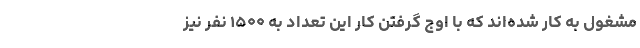
مشغول به کار شده‌اند که با اوج گرفتن کار این تعداد به ۱۵۰۰ نفر نیز